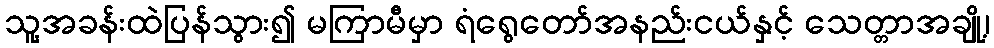
သူ့အခန်းထဲပြန်သွား၍ မကြာမီမှာ ရံရွေတော်အနည်းငယ်နှင့် သေတ္တာအချို့၊